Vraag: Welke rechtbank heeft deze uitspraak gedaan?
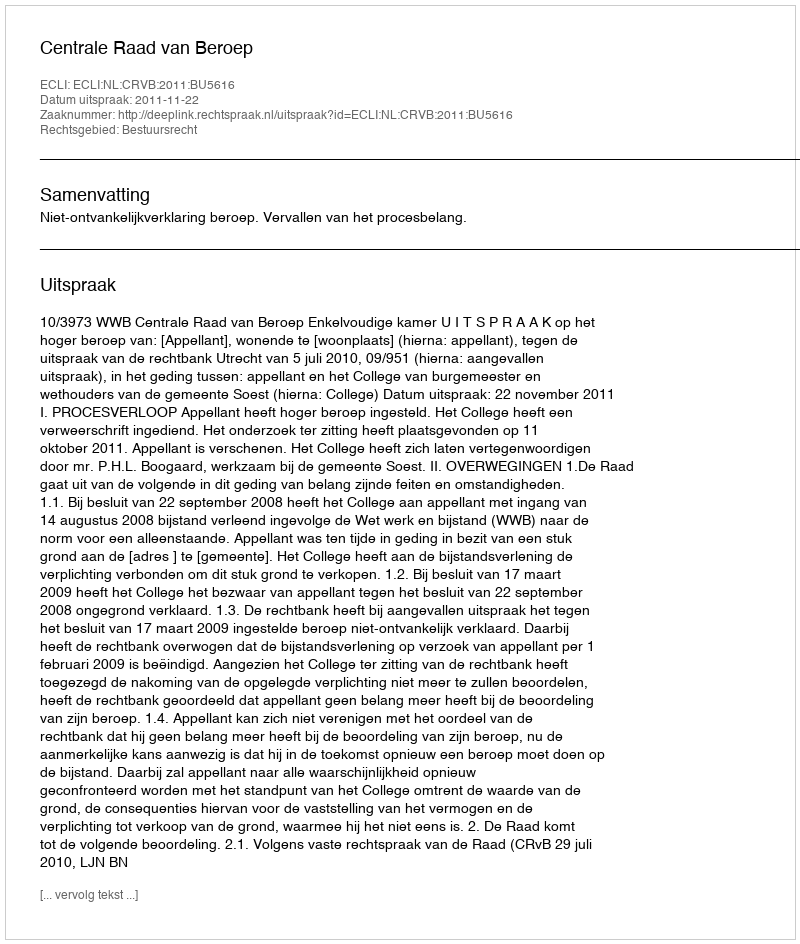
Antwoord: Centrale Raad van Beroep